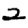
Digit: 2